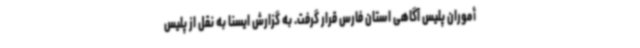
أموران پلیس آگاهی استان فارس قرار گرفت. به گزارش ایسنا به نقل از پلیس